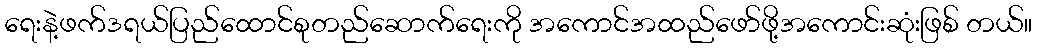
ရေးနဲ့ဖက်ဒရယ်ပြည်ထောင်စုတည်ဆောက်ရေးကို အကောင်အထည်ဖော်ဖို့အကောင်းဆုံးဖြစ် တယ်။